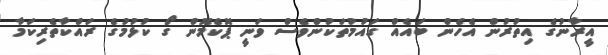
އީރާނުގެ އިތުރުން އެހެން ބައެއް ގައުމުތަކުންވެސް ވަނީ ޕޮކެމޮން ގޯ ކުޅުމުގެ ރައްކާތެރިކަމާ